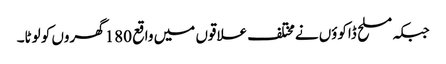
جبکہ مسلح ڈاکوؤں نےمختلف علاقوں میں واقع 180گھروں کو لوٹا۔